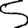
Digit: 5